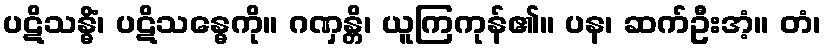
ပဋိသန္ဓိံ၊ ပဋိသန္ဓေကို။ ဂဏှန္တိ၊ ယူကြကုန်၏။ ပန၊ ဆက်ဦးအံ့။ တံ၊